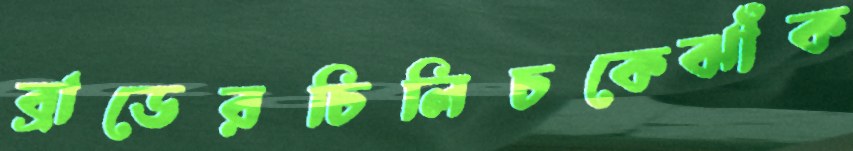
ব্রাডেরচিলিচকেঝাঁক